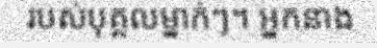
របស់បុគ្គលម្នាក់ៗ។ អ្នកនាង